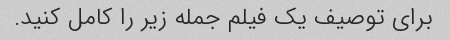
برای توصیف یک فیلم جمله زیر را کامل کنید.